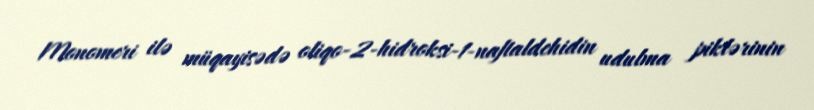
Monomeri ilə müqayisədə oliqo-2-hidroksi-1-naftaldehidin udulma piklərinin